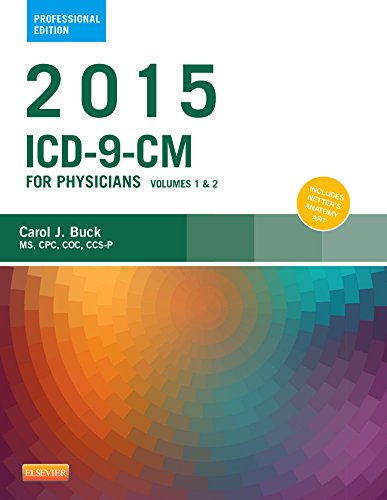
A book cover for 2015 ICD-9-CM for Physicians, Volumes 1 and 2 Professional Edition, 1e; Carol J. Buck MS  CPC  CCS-P; Medical Books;